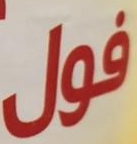
فول